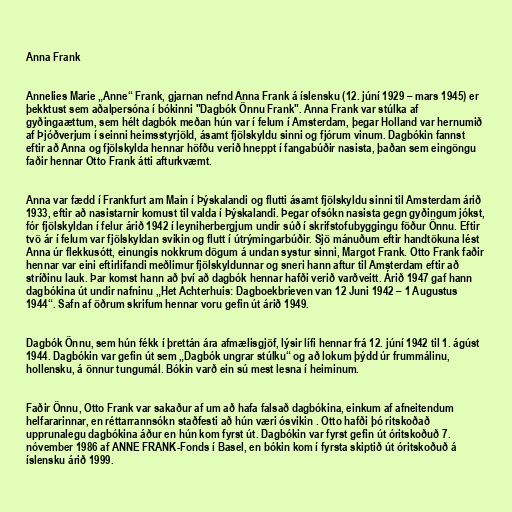
Anna Frank

Annelies Marie „Anne“ Frank, gjarnan nefnd Anna Frank á íslensku (12. júní 1929 – mars 1945) er
þekktust sem aðalpersóna í bókinni "Dagbók Önnu Frank". Anna Frank var stúlka af
gyðingaættum, sem hélt dagbók meðan hún var í felum í Amsterdam, þegar Holland var hernumið
af Þjóðverjum í seinni heimsstyrjöld, ásamt fjölskyldu sinni og fjórum vinum. Dagbókin fannst
eftir að Anna og fjölskylda hennar höfðu verið hneppt í fangabúðir nasista, þaðan sem eingöngu
faðir hennar Otto Frank átti afturkvæmt.

Anna var fædd í Frankfurt am Main í Þýskalandi og flutti ásamt fjölskyldu sinni til Amsterdam árið
1933, eftir að nasistarnir komust til valda í Þýskalandi. Þegar ofsókn nasista gegn gyðingum jókst,
fór fjölskyldan í felur árið 1942 í leyniherbergjum undir súð í skrifstofubyggingu föður Önnu. Eftir
tvö ár í felum var fjölskyldan svikin og flutt í útrýmingarbúðir. Sjö mánuðum eftir handtökuna lést
Anna úr flekkusótt, einungis nokkrum dögum á undan systur sinni, Margot Frank. Otto Frank faðir
hennar var eini eftirlifandi meðlimur fjölskyldunnar og sneri hann aftur til Amsterdam eftir að
stríðinu lauk. Þar komst hann að því að dagbók hennar hafði verið varðveitt. Árið 1947 gaf hann
dagbókina út undir nafninu „Het Achterhuis: Dagboekbrieven van 12 Juni 1942 – 1 Augustus
1944“. Safn af öðrum skrifum hennar voru gefin út árið 1949.

Dagbók Önnu, sem hún fékk í þrettán ára afmælisgjöf, lýsir lífi hennar frá 12. júní 1942 til 1. ágúst
1944. Dagbókin var gefin út sem „Dagbók ungrar stúlku“ og að lokum þýdd úr frummálinu,
hollensku, á önnur tungumál. Bókin varð ein sú mest lesna í heiminum.

Faðir Önnu, Otto Frank var sakaður af um að hafa falsað dagbókina, einkum af afneitendum
helfararinnar, en réttarrannsókn staðfesti að hún væri ósvikin . Otto hafði þó ritskoðað
upprunalegu dagbókina áður en hún kom fyrst út. Dagbókin var fyrst gefin út óritskoðuð 7.
nóvember 1986 af ANNE FRANK-Fonds í Basel, en bókin kom í fyrsta skiptið út óritskoðuð á
íslensku árið 1999.